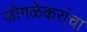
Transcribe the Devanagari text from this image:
जोगळेकरांचा